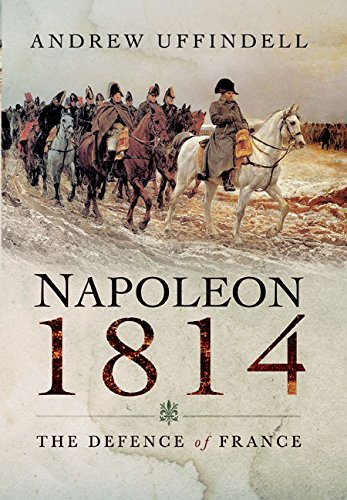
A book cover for Napoleon 1814: The Defence of France; Andrew Uffindell; History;